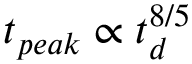
t _ { p e a k } \propto t _ { d } ^ { 8 / 5 }